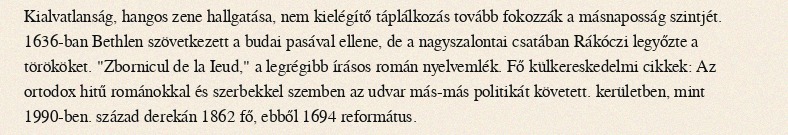
Kialvatlanság, hangos zene hallgatása, nem kielégítő táplálkozás tovább fokozzák a másnaposság szintjét. 1636-ban Bethlen szövetkezett a budai pasával ellene, de a nagyszalontai csatában Rákóczi legyőzte a törököket. "Zbornicul de la Ieud," a legrégibb írásos román nyelvemlék. Fő külkereskedelmi cikkek: Az ortodox hitű románokkal és szerbekkel szemben az udvar más-más politikát követett. kerületben, mint 1990-ben. század derekán 1862 fő, ebből 1694 református.